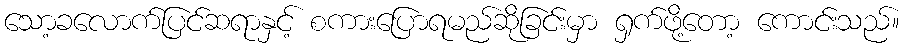
သော့ခလောက်ပြင်ဆရာနှင့် စကားပြောရမည်ဆိုခြင်းမှာ ရှက်ဖို့တော့ ကောင်းသည်။